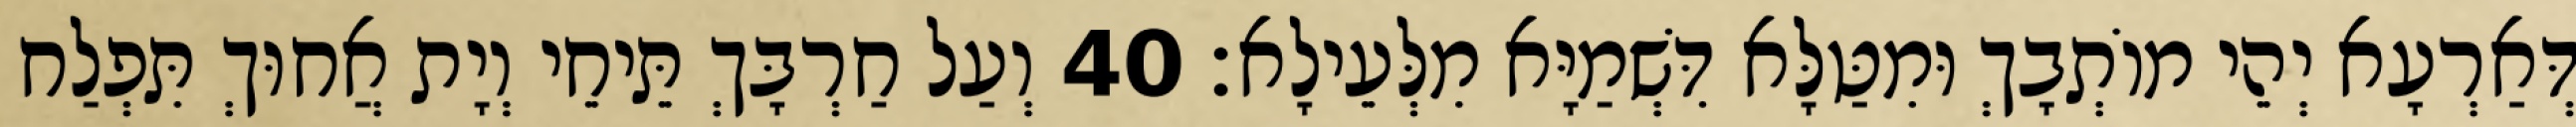
דְּאַרְעָא יְהֵי מוֹתְבָךְ וּמִטַּלָּא דִּשְׁמַיָּא מִלְּעֵילָא׃ 40 וְעַל חַרְבָּךְ תֵּיחֵי וְיָת אֲחוּךְ תִּפְלַח